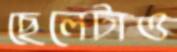
ছেলেটাও